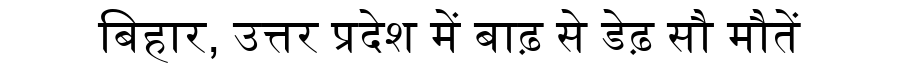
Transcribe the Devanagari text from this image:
बिहार, उत्तर प्रदेश में बाढ़ से डेढ़ सौ मौतें